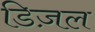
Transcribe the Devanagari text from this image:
डिज़ल